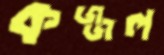
কজ্জল